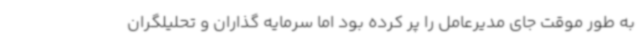
به طور موقت جای مدیرعامل را پر کرده بود اما سرمایه گذاران و تحلیلگران